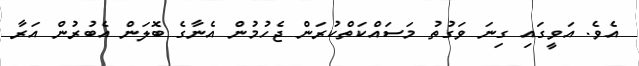
އެވެ. އަވީގައި ގިނަ ވަގުތު މަސައްކަތްކުރަން ޖެހުމުން އެނާގެ ބޮލަން އެބުރުން އަރާ